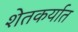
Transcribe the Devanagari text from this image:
शेतकर्यात